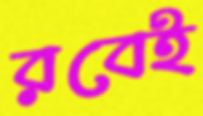
রবেই